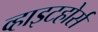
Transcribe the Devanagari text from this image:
व्हाइटहोर्स